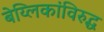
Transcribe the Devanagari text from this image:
बेय्लिकांविरुद्ध